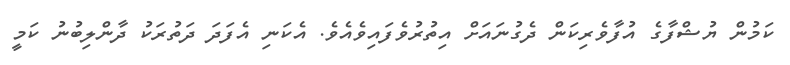
ކަމުން ޔުޝްފާގެ އުފާވެރިކަން ދެގުނައަށް އިތުރުވެފައިވެއެވެ. އެކަނި އެފަދަ ދަތުރަކު ދާންލިބުނު ކަމީ